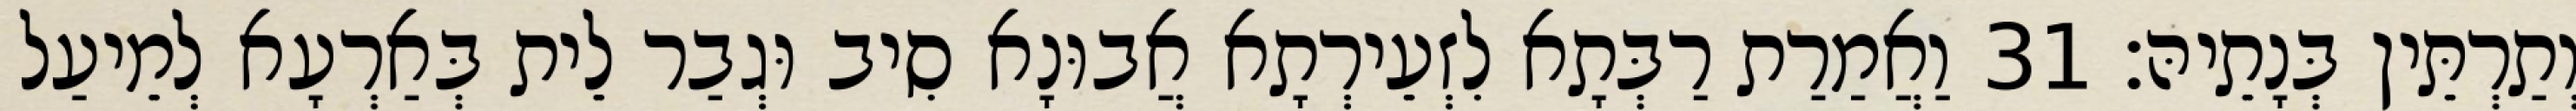
וְתַרְתֵּין בְּנָתֵיהּ׃ 31 וַאֲמַרַת רַבְּתָא לִזְעֵירְתָא אֲבוּנָא סִיב וּגְבַר לֵית בְּאַרְעָא לְמֵיעַל